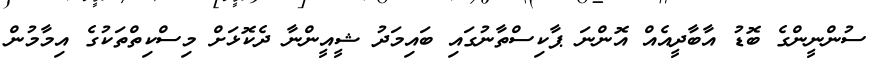
ސުންނީންގެ ބޮޑު އާބާދީއެއް އޮންނަ ޕާކިސްތާނުގައި ބައިމަދު ޝީއީންނާ ދެކޮޅަށް މިސްކިތްތަކުގެ އިމާމުން